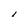
Character: I